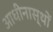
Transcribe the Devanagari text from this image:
आधीनास्थों